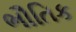
ભૌતિક